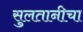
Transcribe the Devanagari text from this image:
सुलतानीचा